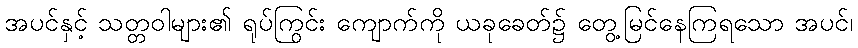
အပင်နှင့် သတ္တဝါများ၏ ရုပ်ကြွင်း ကျောက်ကို ယခုခေတ်၌ တွေ့မြင်နေကြရသော အပင်၊